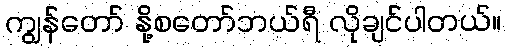
ကျွန်တော် နို့စတော်ဘယ်ရီ လိုချင်ပါတယ်။